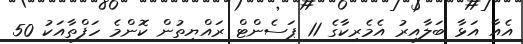
އެއާ އަޅާ ބަލާއިރު އެމެރިކާގެ 11 ޕަސެންޓް ރައްޔިތުން ކޮންމެ ހަފްތާއަކު 50